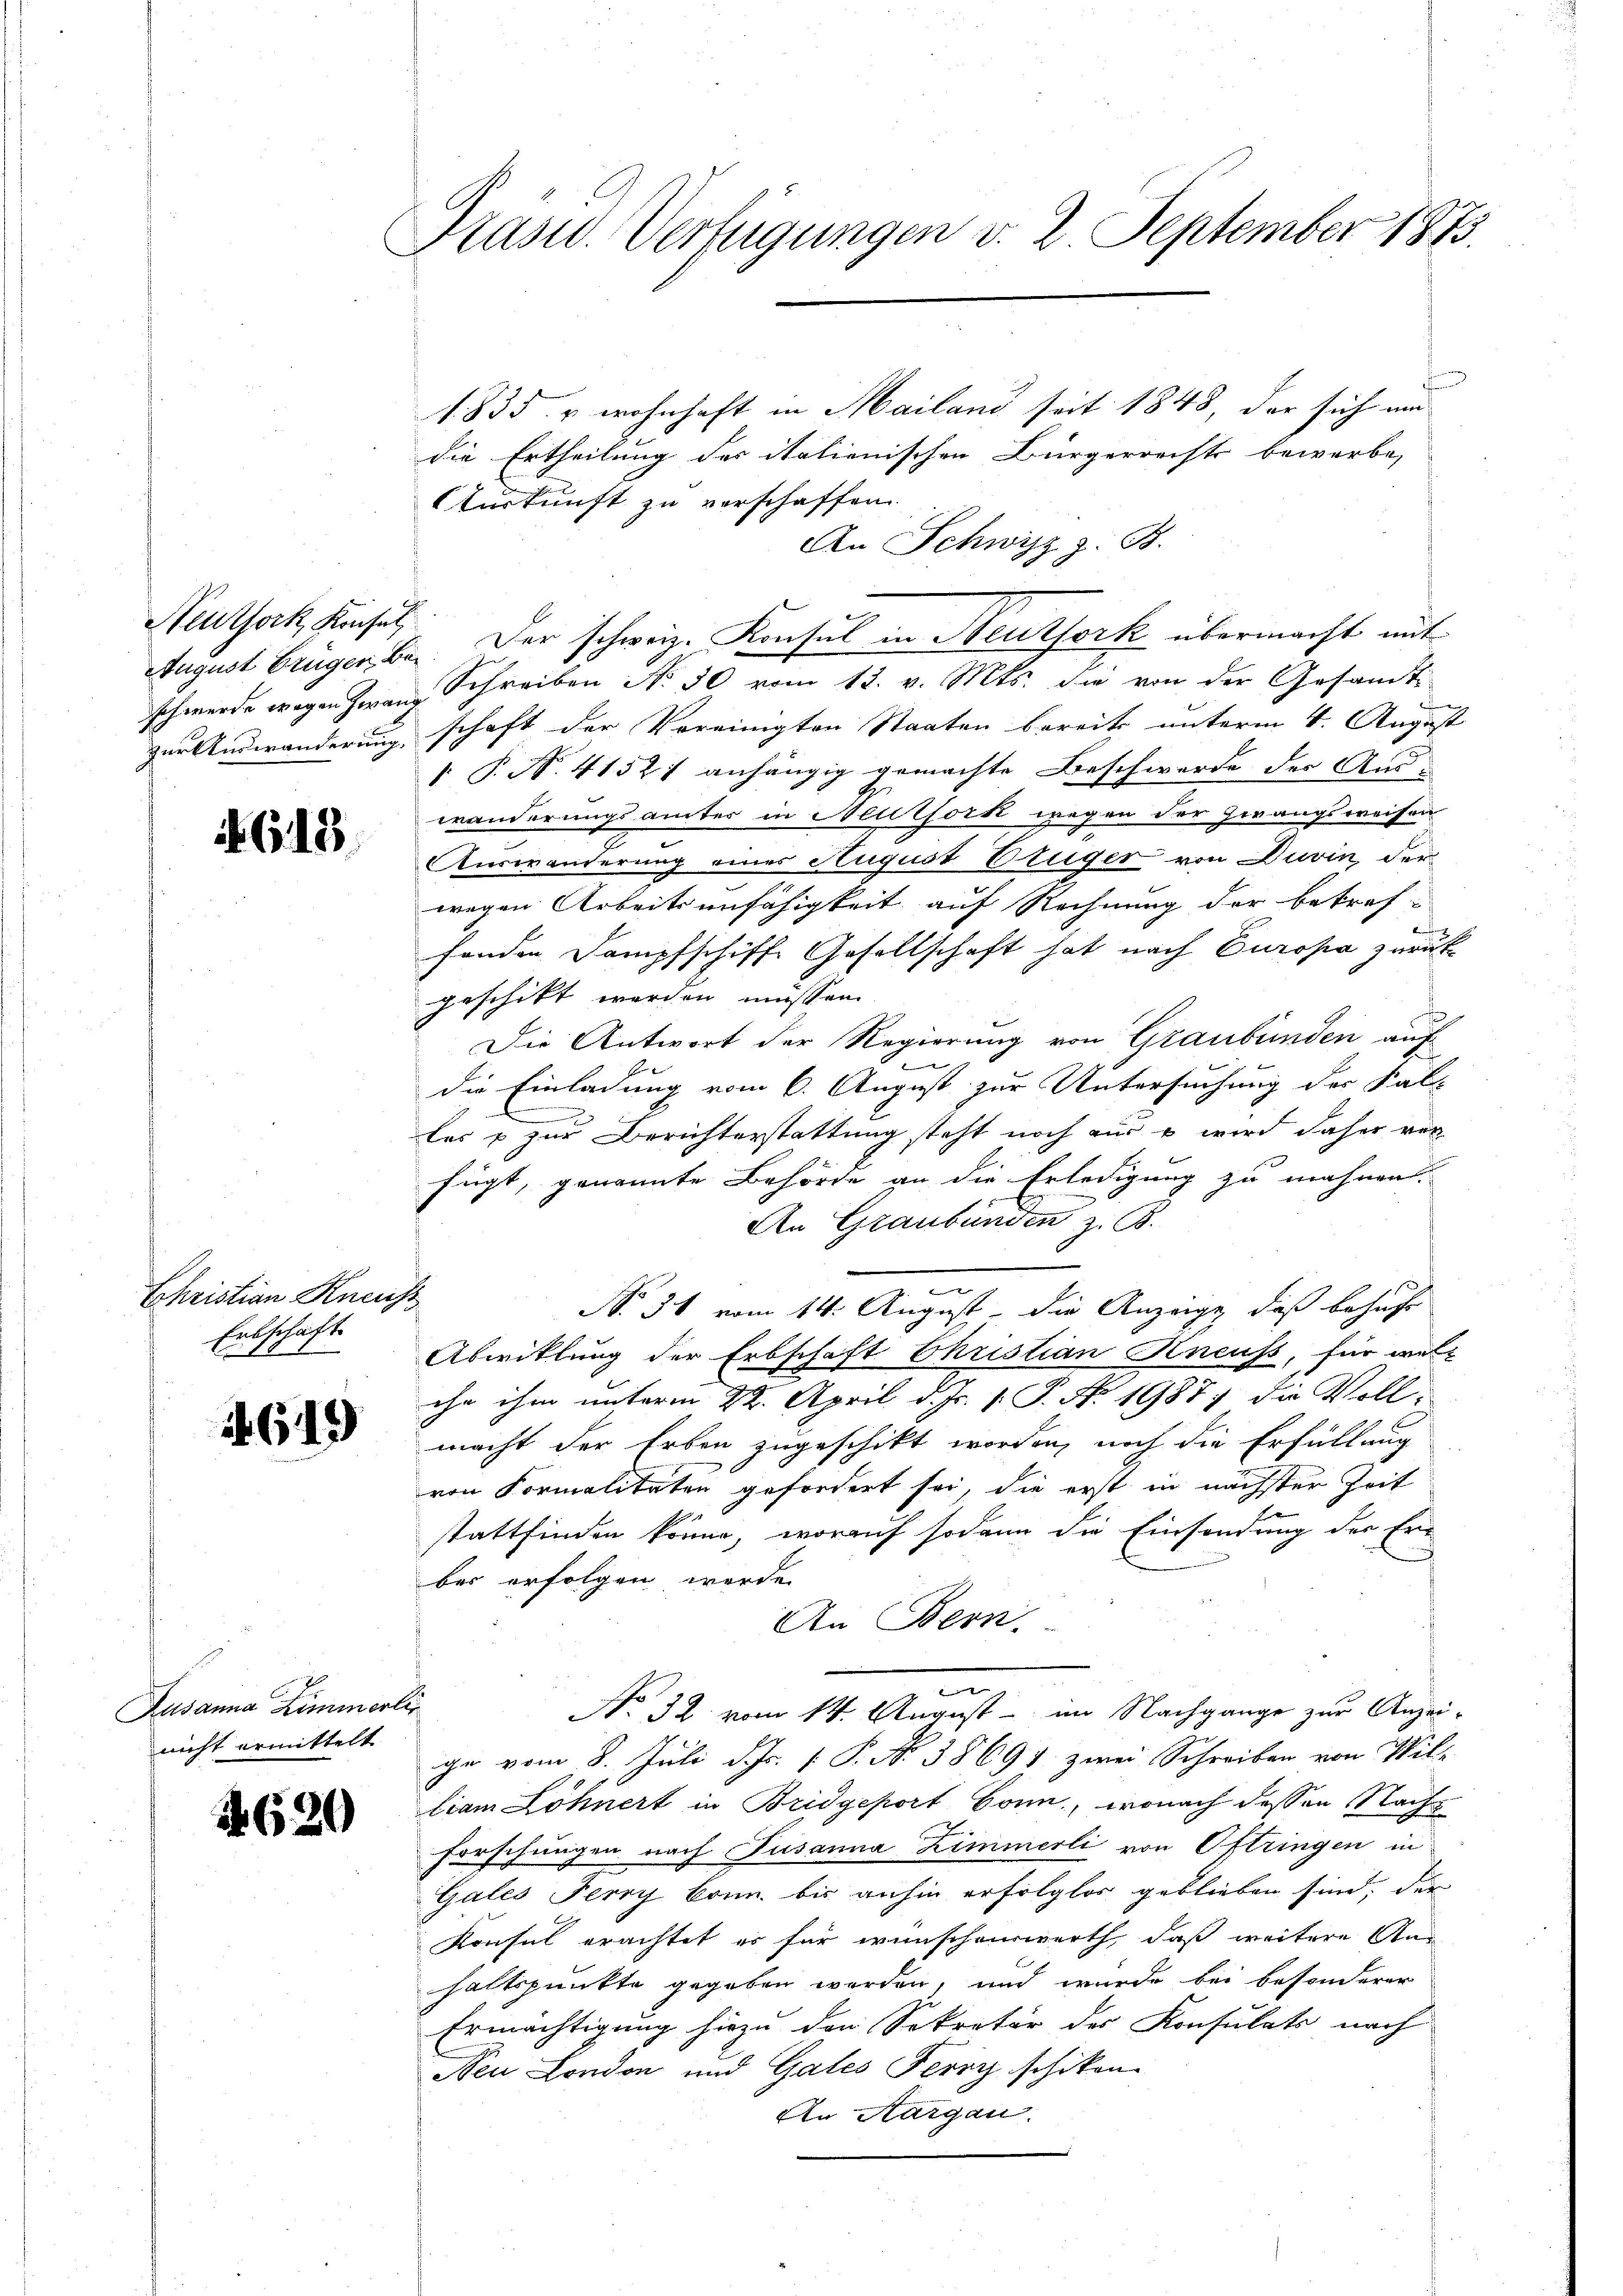
Seuthork, Konsul

648

Ehristian Kneicht
Erbschaft
ag 7

4619

Rusanna Zimmerlie
nicht ermittelt

4620

Präsid. Verfügungen v. 2. September 1873.

1835. u wohnhaft in Mailand seit 1848, der sich um
die Ertheilung des italienischen Bürgerrechts bewerbe,
Auskunft zu verschaffen.
An Schwyz z. B.
August Brüger bei. Der schweiz. Konsul in Neuthork übermacht mit
schwerde wegen Zwang Schreiben No 30 vom 13. v. Mts. die von der Gesandtzur Anderänderung schaft der Vereinigten Staaten bereits unterm 4. August
[ P. N. 4152) anhängig gemachte Beschwerde der Auswänderungsämter in Neutfork wegen der Zwangsweisen
Auswanderung eines August Prüger von Duvin, der
wegen Arbeitsunfähigkeit auf Rechnung der betref-
fonden Dampfschiffe Gesellschaft hat nach Europa zurück
geschikt werden müssen.
Die Antwort der Regierung von Graubünden auf
e
die Einladung vom 6. August zur Untersuchung der Kal-
.
les u zur Berichterstattung steht noch nur u wird daher ver
fügt, genannte Behörde an die Erledigung zu mahnen.
An Graubünden z. B.
n
No. 31 vom 14. August die Anzeige, daß besucht
Abwicklung der Erbschaft Christian Ancus, für welc
ihe ihm unterm 22. April d. Js. v. P. Nr. 19877 die Vollmacht der Erben zugeschikt worden, noch die Erfüllung
von Formalitäten gefordert sei, die erst in nächster Zeit
stattfinden könne, worauf sodann die Einsendung der Erber erfolgen werde.
An Bern.
n
No 32. vom 14. August - im Nachgange zur Anzei-
ge vom 8. Juli d. Js. [ P. No 38691. zwei Schreiben von Wil-
liam Löhnert in Bridgeport Bonn, wonach dessen Nachs
forschungen nach Pusanna Zimmerli von Oftringen in
Gales Ferry kann, bis anhin erfolglos geblieben sind, der
Konsul erachtet er für wünschenswerth, daß weitere An-
haltspunkte gegeben werden, und wurde bei besonderer
Ermächtigung hiezu den Sekretär des Konsulats nach
Neu London und Gates Ferry schiken
An Aargau.